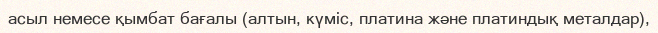
асыл немесе қымбат бағалы (алтын, күміс, платина және платиндық металдар),